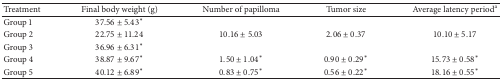
| Treatment | Final body weight (g) | Number of papilloma | Tumor size | Average latency perioda |
 | --- | --- | --- | --- | --- |
 | Group 1 | 37.56 ± 5.43* |  |  |  |
 | Group 2 | 22.75 ± 11.24 | 10.16 ± 5.03 | 2.06 ± 0.37 | 10.10 ± 5.17 |
 | Group 3 | 36.96 ± 6.31* |  |  |  |
 | Group 4 | 38.87 ± 9.67* | 1.50 ± 1.04* | 0.90 ± 0.29* | 15.73 ± 0.58* |
 | Group 5 | 40.12 ± 6.89* | 0.83 ± 0.75* | 0.56 ± 0.22* | 18.16 ± 0.55* |